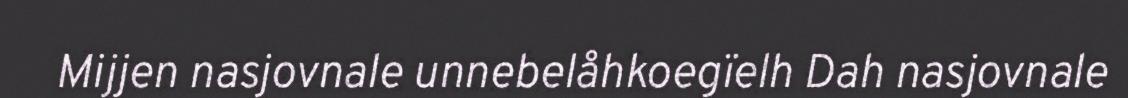
Mijjen nasjovnale unnebelåhkoegïelh Dah nasjovnale